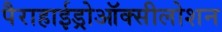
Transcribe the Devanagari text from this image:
पैराहाईड्रोऑक्सीलोशन